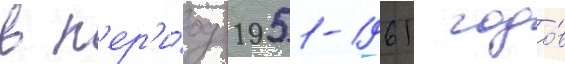
в п'ер'и́од 1951-1961 годо́в